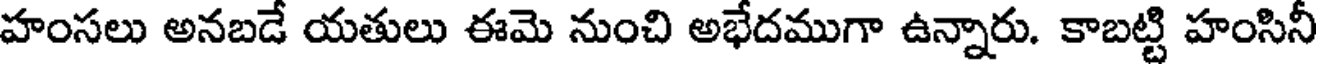
హంసలు అనబడే యతులు ఈమె నుంచి అభేదముగా ఉన్నారు. కాబట్టి హంసినీ